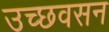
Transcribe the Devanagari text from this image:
उच्छवसन